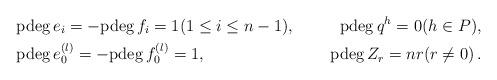
LaTeX: \begin{align*}&{\rm pdeg}\, e_i=-{\rm pdeg}\, f_i=1 (1\le i\le n-1), & {\rm pdeg}\, q^h=0 (h\in P),\\&{\rm pdeg}\, e_0^{(l)}=-{\rm pdeg}\, f_0^{(l)}=1, & {\rm pdeg}\, Z_r=nr(r\neq0)\,.\end{align*}